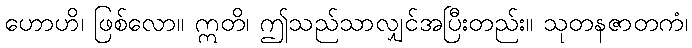
ဟောဟိ၊ ဖြစ်လော။ ဣတိ၊ ဤသည်သာလျှင်အပြီးတည်း။ သုတနဇာတကံ၊